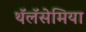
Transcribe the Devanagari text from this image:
थॅलॅसेमिया